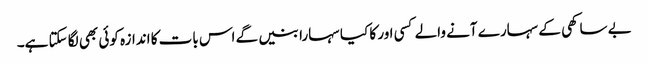
بے ساکھی کے سہارے آنے والے کسی اور کا کیا سہارا بنیں گے اس بات کا اندازہ کوئی بھی لگا سکتا ہے۔